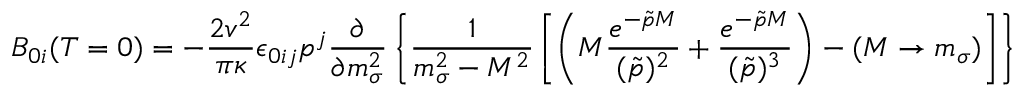
B _ { 0 i } ( T = 0 ) = - \frac { 2 v ^ { 2 } } { \pi \kappa } \epsilon _ { 0 i j } p ^ { j } \frac { \partial } { \partial m _ { \sigma } ^ { 2 } } \left\{ \frac { 1 } { m _ { \sigma } ^ { 2 } - M ^ { 2 } } \left[ \left( M \frac { e ^ { - \tilde { p } M } } { ( \tilde { p } ) ^ { 2 } } + \frac { e ^ { - \tilde { p } M } } { ( \tilde { p } ) ^ { 3 } } \right) - ( M \rightarrow m _ { \sigma } ) \right] \right\}